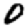
Digit: 0